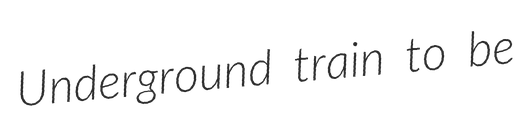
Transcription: Underground train to be